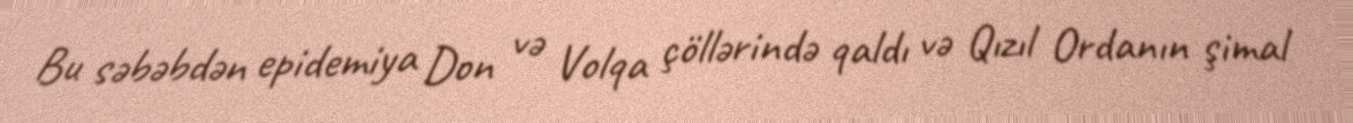
Bu səbəbdən epidemiya Don və Volqa çöllərində qaldı və Qızıl Ordanın şimal